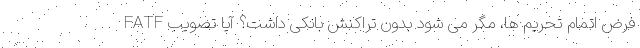
فرض اتمام تحریم ها، مگر می شود بدون تراکنش بانکی داشت؟ آیا تصویب FATF